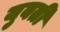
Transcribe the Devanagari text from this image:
युवतीं